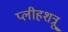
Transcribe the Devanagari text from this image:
प्लीहशत्रू